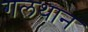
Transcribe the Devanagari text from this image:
गलथान